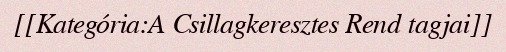
[[Kategória:A Csillagkeresztes Rend tagjai]]